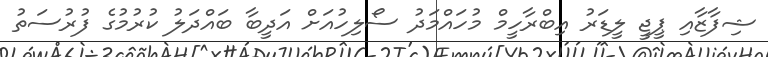
ޝިފާޒާއި ޕީޖީ ލީޑަރު އިބްރާހީމް މުހައްމަދު ސޯލިހުއަށް އަދީބާ ބައްދަލު ކުރުމުގެ ފުރުސަތު